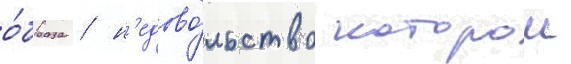
о́браза / н'едово́льство которои